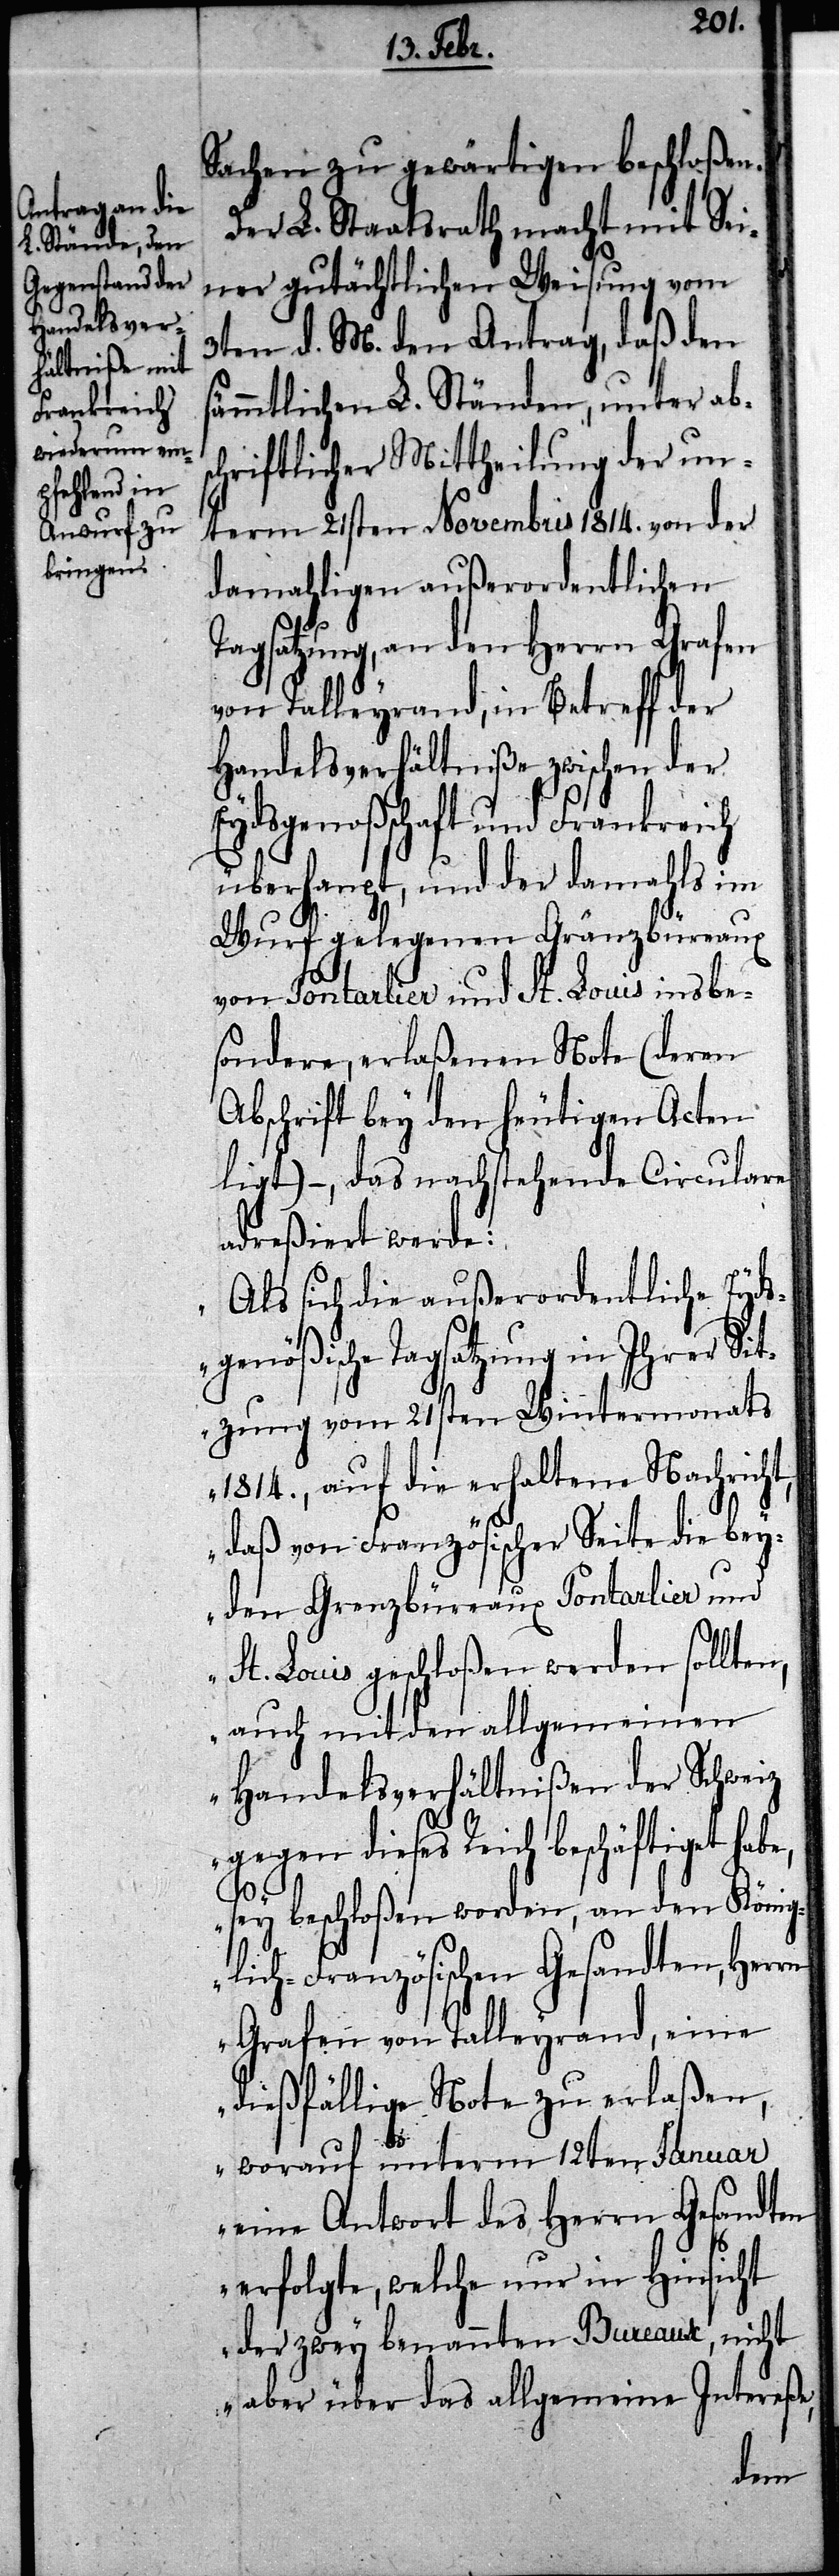
Sachen zu gewärtigen beschloßen.
Der L. Staatsrath macht mit Sei¬
ner gutächtlichen Weisung vom
3ten d. M. den Antrag, daß den
sämmtlichen L. Ständen, unter ab¬
schriftlicher Mittheilung der un¬
term 21sten Novembris 1814. von der
damahligen außerordentlichen
Tagsatzung, an den Herrn Grafen
von Talleyrand, in Betreff der
Handelsverhältniße zwischen der
Eydsgenoßschaft und Frankreich
überhaupt, und der damahls im
Wurf gelegenen Gränzbüreaux
von Pontarlier und St. Louis insbe¬
sondere, erlaßenen Note (deren
Abschrift bey den heutigen Acten
ligt) –, das nachstehende Circulare
adreßiert werde:
„Als sich die außerordentliche Eyds¬
genößische Tagsatzung in Ihrer Sit¬
zung vom 21sten Wintermonats
1814., auf die erhaltene Nachricht,
daß von Französischer Seite die bey¬
den Grenzbüreaux Pontarlier und
St. Louis geschloßen werden sollten,
auch mit den allgemeinen
Handelsverhältnißen der Schweiz
gegen dieses Reich beschäftiget habe,
sey beschloßen worden, an den König¬
lich-Französischen Gesandten, Herrn
Grafen von Talleyrand, eine
dießfällige Note zu erlaßen,
worauf unterm 12ten Januar
eine Antwort des Herrn Gesandten
erfolgte, welche nur in Hinsicht
der zwey benannten Bureaux, nicht
aber über das allgmeine Intereße,